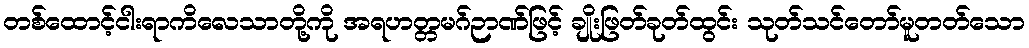
တစ်ထောင့်ငါးရာကိလေသာတို့ကို အရဟတ္တမဂ်ဉာဏ်ဖြင့် ချိုးဖြတ်ခုတ်ထွင်း သုတ်သင်တော်မူတတ်သော